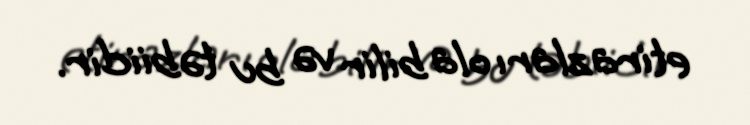
etirazları ola bilir və bu təbiidir.